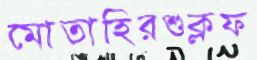
মোতাহিরশুক্লফ